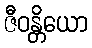
ဇီဝန္တိယော